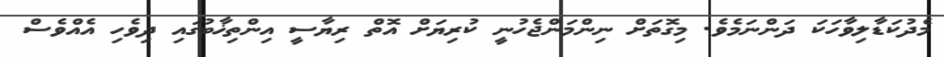
މެދުކަޑާލިވާހަކަ ދަންނަމެވެ. މިގޮތަށް ނިންމަންޖެހުނީ ކުރިޔަށް އޮތް ރިޔާސީ އިންތިޚާބުގައި ދިވެހި އެއްވެސް